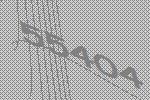
55404